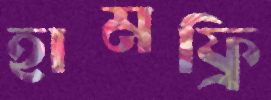
হামফ্রি